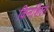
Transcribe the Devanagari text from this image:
किनशिला